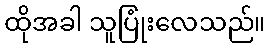
ထိုအခါ သူပြုံးလေသည်။